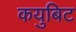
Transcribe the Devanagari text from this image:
कयुबिट